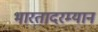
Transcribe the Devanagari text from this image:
भारतादरम्यान